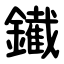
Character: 䥫